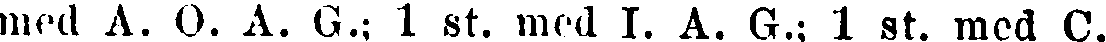
med A. O. A. G.; 1 st. med I. A. G.; 1 st. med C.